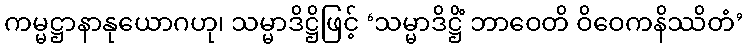
ကမ္မဋ္ဌာနာနုယောဂဟု၊ သမ္မာဒိဋ္ဌိဖြင့် ‘သမ္မာဒိဋ္ဌိံ ဘာဝေတိ ဝိဝေကနိဿိတံ’